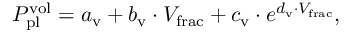
\begin{array} { r } { P _ { \mathrm { p l } } ^ { \mathrm { v o l } } = a _ { \mathrm { v } } + b _ { \mathrm { v } } \cdot V _ { \mathrm { f r a c } } + c _ { \mathrm { v } } \cdot e ^ { d _ { \mathrm { v } } \cdot V _ { \mathrm { f r a c } } } , } \end{array}